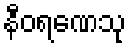
နီဝရဏေသု